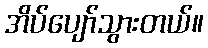
အိပ်ပျော်သွားတယ်။